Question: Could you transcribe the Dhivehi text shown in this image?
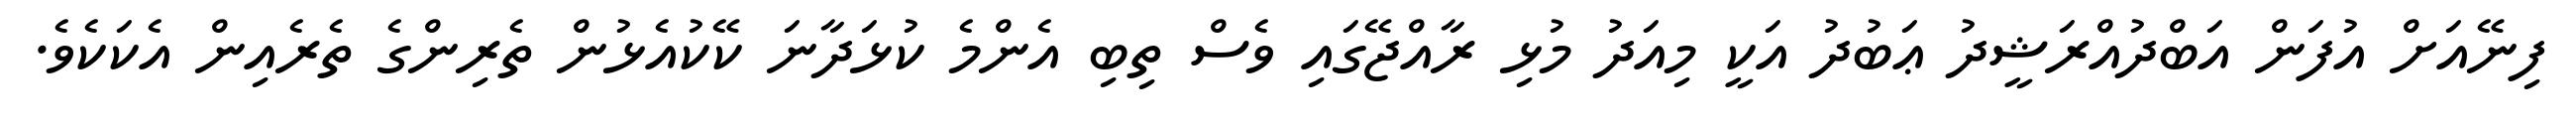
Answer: ފިނޭއަށް އުފަން އަބްދުއްރަޝީދު ޢަބުދު އަކީ މިއަދު މުޅި ރާއްޖޭގައި ވެސް ތިބި އެންމެ ކުޅަދާނަ ކޭކުއެޅުން ތެރިންގެ ތެރެއިން އެކަކެވެ.